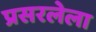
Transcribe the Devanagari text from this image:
प्रसरलेला